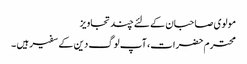
مولوی صاحبان کے لئے چند تجاویز
محترم حضرات، آپ لوگ دین کے سفیر ہیں ۔